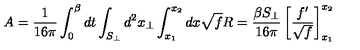
A = \frac { 1 } { 1 6 \pi } \int _ { 0 } ^ { \beta } d t \int _ { S _ { \perp } } d ^ { 2 } x _ { \perp } \int _ { x _ { 1 } } ^ { x _ { 2 } } d x \sqrt { f } R = \frac { \beta S _ { \perp } } { 1 6 \pi } \left[ \frac { f ^ { \prime } } { \sqrt { f } } \right] _ { x _ { 1 } } ^ { x _ { 2 } }